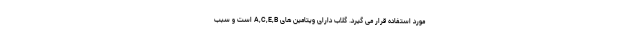
مورد استفاده قرار می گیرد. گلاب دارای ویتامین های A,C,E,B است و سبب